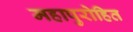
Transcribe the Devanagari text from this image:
महापुरोहित